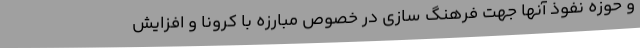
و حوزه نفوذ آنها جهت فرهنگ سازی در خصوص مبارزه با کرونا و افزایش